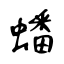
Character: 蟠